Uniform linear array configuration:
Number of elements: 4
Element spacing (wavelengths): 1
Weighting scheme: blackman
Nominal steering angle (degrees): -30
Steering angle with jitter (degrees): -31.19
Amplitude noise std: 0.05
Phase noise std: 0.05

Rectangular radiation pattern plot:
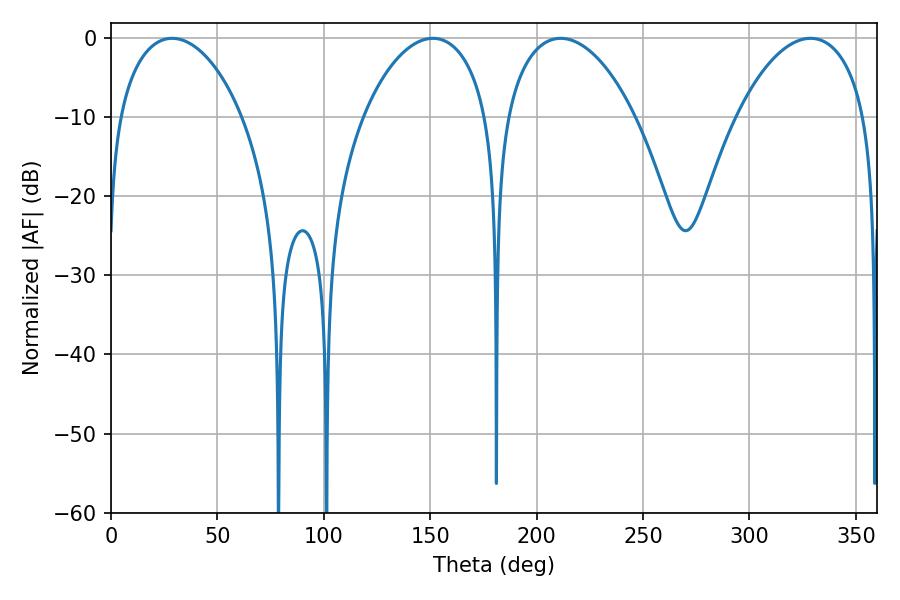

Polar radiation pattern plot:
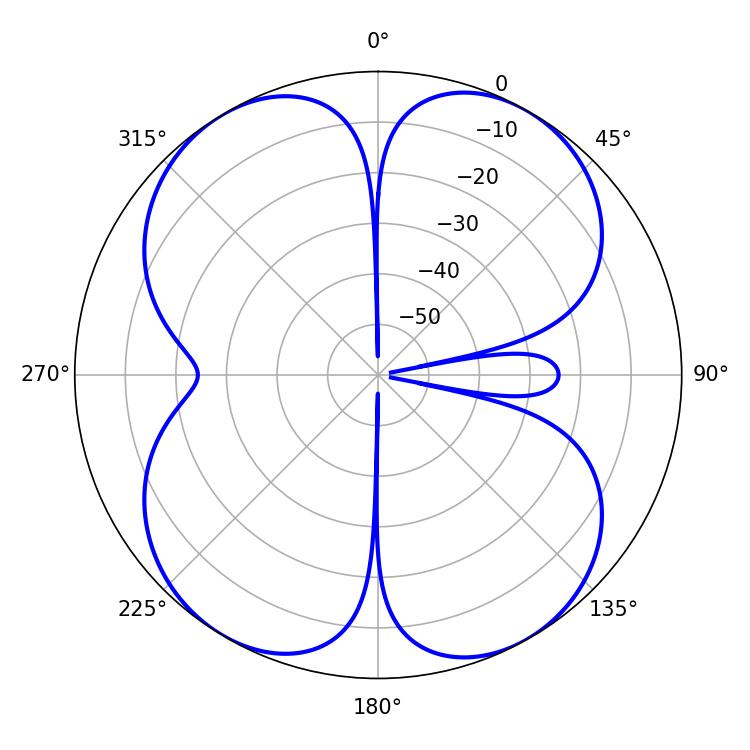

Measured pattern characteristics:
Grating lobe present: TRUE
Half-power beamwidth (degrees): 34.56
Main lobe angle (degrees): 211.32